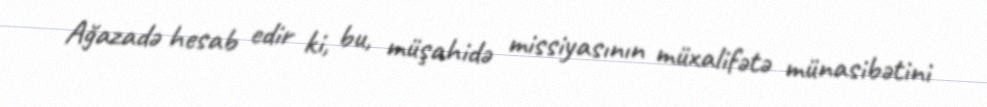
Ağazadə hesab edir ki, bu, müşahidə missiyasının müxalifətə münasibətini